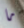
ما